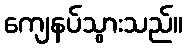
ကျေနပ်သွားသည်။